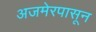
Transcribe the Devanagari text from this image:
अजमेरपासून